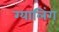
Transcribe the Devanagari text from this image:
ग्यालिंग